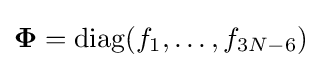
{\boldsymbol {\Phi }}=\operatorname {diag} (f_{1},\ldots ,f_{3N-6})